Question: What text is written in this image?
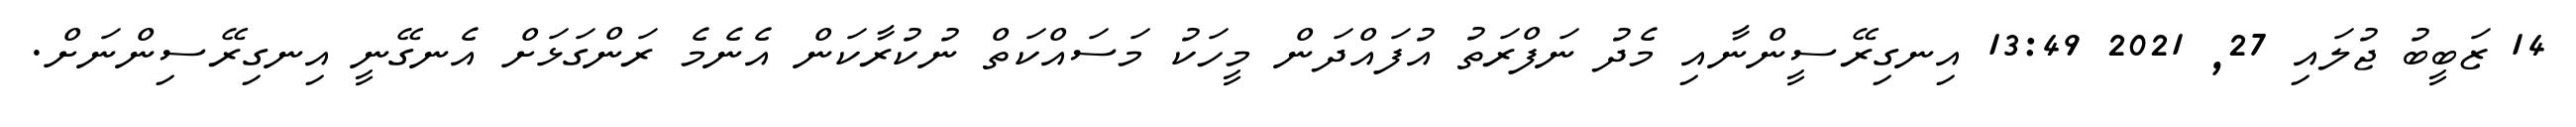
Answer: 14 ޒަބީބު ޖުލައި 27, 2021 13:49 އިނގިރޭސީންނާއި މެދު ނަފްރަތު އުފައްދަން މީހަކު މަސައްކަތް ނުކުރާކަން އެނެމެ ރަންގަޅަށް އެނގޭނީ އިނގިރޭސިންނަށް.